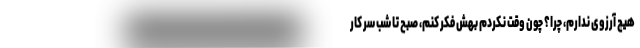
هیچ آرزوی ندارم، چرا؟ چون وقت نکردم بهش فکر کنم، صبح تا شب سر کار